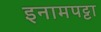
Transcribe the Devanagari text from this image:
इनामपट्टा